Vaccination report Assam 1896-1927 - 1896-1927
Year: 1896
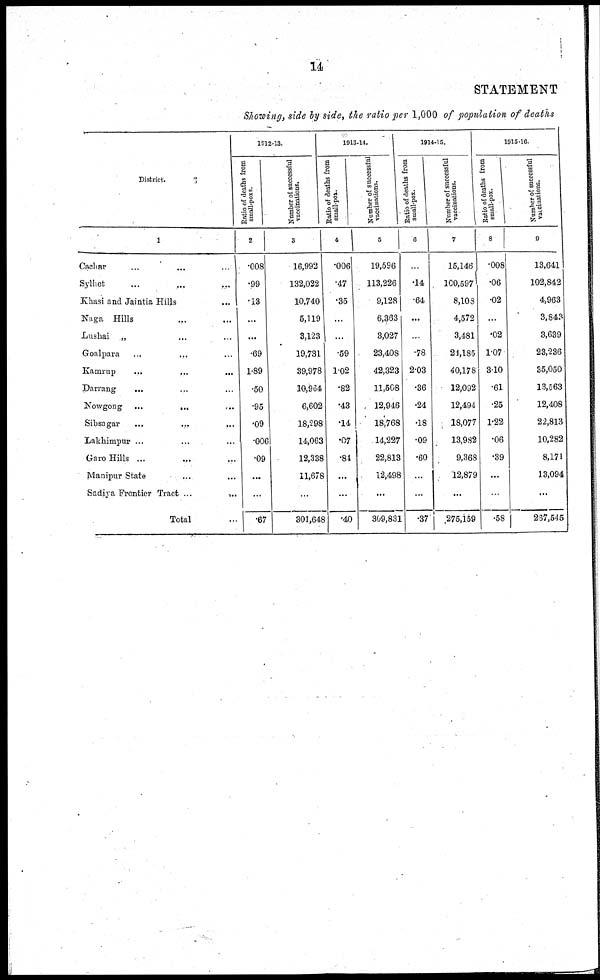
14
STATEMENT
Showing, side by side, the ratio per 1,000 of population of deaths
District.
1
Cachar ... ... ...
Sylhet ... ... ...
Khasi and Jaintia Hills ...
Naga Hills ... ... ...
Lushai „ ... ...
Goalpara ... ... ...
Kamrup
...
...
...
Darrang
... ... ...
Nowgong ...
...
...
Sibsagar ... ... ...
Lakhimpur ... ... ...
Garo Hills ...
...
...
Manipur State ... ... ...
Sadiya Frontier Tract ...
...
Total ...
1912-13.
Ratio of deaths from
small-poxs.
2
.008
.99
.13
...
...
.69
1.89
.50
.95
.09
.006
.09
...
...
.67
Number of successful
vaccinations.
3
16,992
132,022
10,740
5,119
3,123
19,731
39,978
10,964
6,602
18,298
14,063
12,338
11,678
...
301,648
1913-14.
Ratio of deaths from
small-pox.
4
.006
.47
.35
...
...
.59
1.02
.82
.43
.14
.07
.84
...
...
.40
Number of successful
vaccinations.
5
19,596
113,226
9,128
6,363
3,027
23,408
42,323
11,508
12,946
18,768
14,227
22,813
12,498
...
309,831
1914-15.
Ratio of deaths from
small-pox.
6
...
.14
.64
...
...
.78
2.03
.36
.24
.18
.09
.60
...
...
.37
Number of successful
vaccinations.
7
15,146
100,597
8,108
4,572
3,481
24,185
40,178
12,092
12,494
18,077
13,982
9,368
12,879
...
275,159
1915-16.
Ratio of deaths from
small-pox.
8
.008
.06
.02
...
.02
1.07
3.10
.61
.25
1.22
.06
.39
...
...
.58
Number of successful
vaccinations.
9
13,641
102,842
4,963
3,843
3,639
23,236
35,050
13,563
12,408
22,813
10,282
8,171
13,094
...
267,545